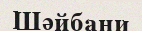
Шәйбани